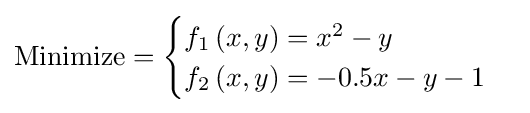
{\text{Minimize}}={\begin{cases}f_{1}\left(x,y\right)=x^{2}-y\\f_{2}\left(x,y\right)=-0.5x-y-1\\\end{cases}}